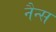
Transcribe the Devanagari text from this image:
नैन्स